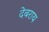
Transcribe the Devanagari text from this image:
देबराय